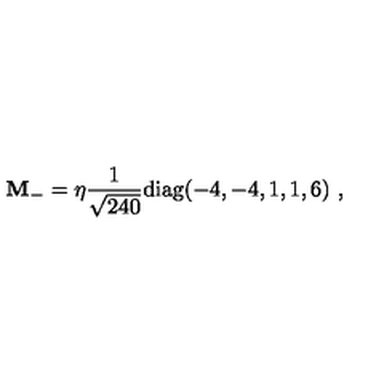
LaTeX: { \bf M } _ { - } = \eta { \frac { 1 } { \sqrt { 2 4 0 } } } \mathrm { d i a g } ( - 4 , - 4 , 1 , 1 , 6 ) \ ,